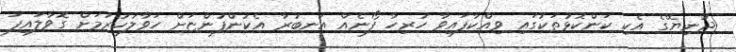
ދުނިޔޭގެ އެކި ކަންކޮޅުތަކުގައި ވިއްކާފައިވާ ހުރިހާ ފޯނެއް އަނބުރާ އެކުންފުންޏަށް ހަވާލުކުރުމަށް ގޮވާލައިފަ